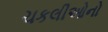
ચકલીઓનો